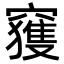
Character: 𥨦